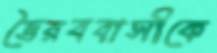
ভৈরববাসীকে